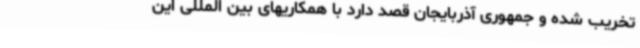
تخریب شده و جمهوری آذربایجان قصد دارد با همکاریهای بین المللی این